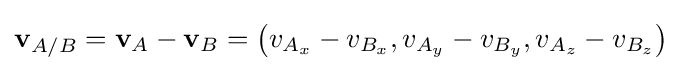
\mathbf {v} _{A/B}=\mathbf {v} _{A}-\mathbf {v} _{B}=\left(v_{A_{x}}-v_{B_{x}},v_{A_{y}}-v_{B_{y}},v_{A_{z}}-v_{B_{z}}\right)